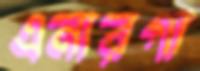
এনারগা